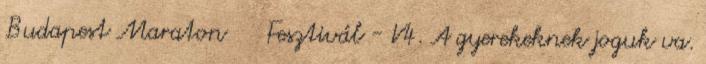
Budapest Maraton® Fesztivál - V4. A gyerekeknek joguk va.